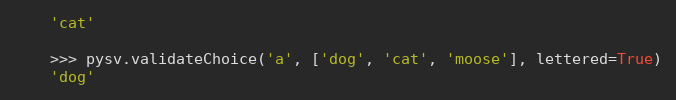
Language: Python
    'cat'

    >>> pysv.validateChoice('a', ['dog', 'cat', 'moose'], lettered=True)
    'dog'